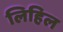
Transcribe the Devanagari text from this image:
लिहिल